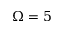
\Omega = 5